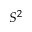
S ^ { 2 }